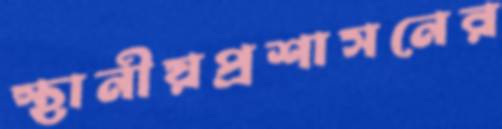
স্থানীয়প্রশাসনের